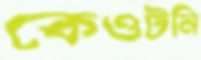
কেওটনি